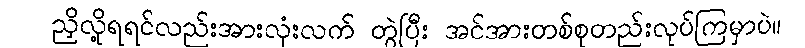
ညှိလို့ရရင်လည်းအားလုံးလက် တွဲပြီး အင်အားတစ်စုတည်းလုပ်ကြမှာပဲ။